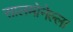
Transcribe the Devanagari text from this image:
सालमोनेल्ला